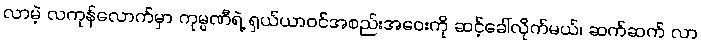
လာမဲ့ လကုန်လောက်မှာ ကုမ္ပဏီရဲ့ ရှယ်ယာဝင်အစည်းအဝေးကို ဆင့်ခေါ်လိုက်မယ်၊ ဆက်ဆက် လာ